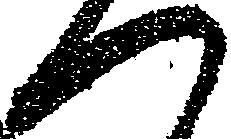
つ